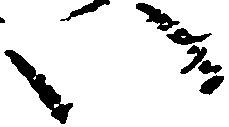
い